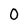
Character: 0